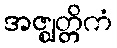
အဇ္ဈတ္တိကံ